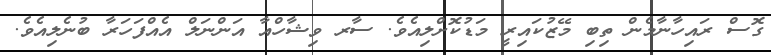
ގޮސް ރައިހާނާމެން ތިބި މޭޒުކައިރީ މަޑުކޮށްލިއެވެ. ސާރ ވިޝާހްއާ އަންނަލް އެއްފަހަރާ ބުނެލިއެވެ.